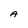
Character: A